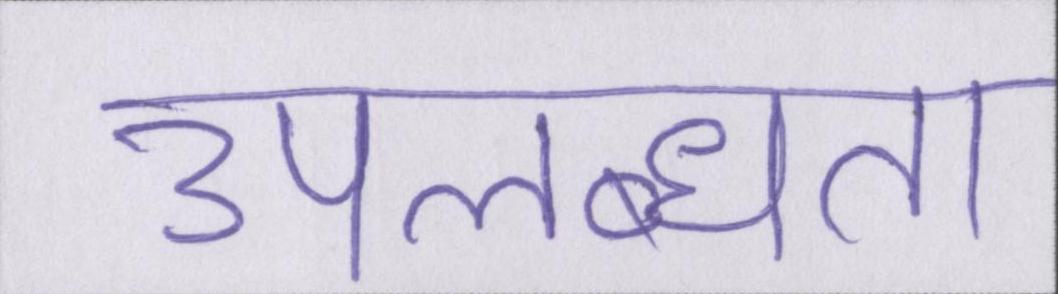
उपलब्धता